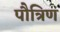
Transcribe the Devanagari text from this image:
पौत्रिण